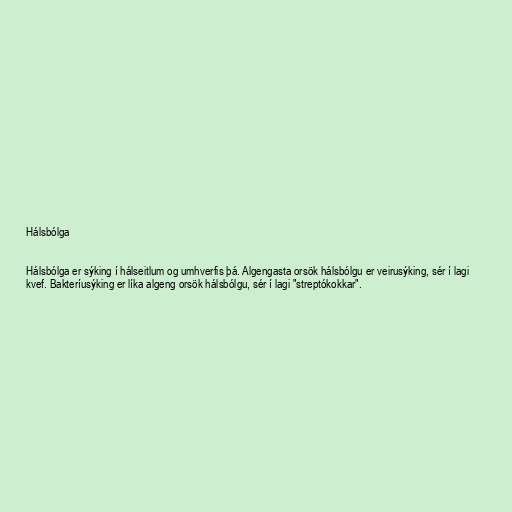
Hálsbólga

Hálsbólga er sýking í hálseitlum og umhverfis þá. Algengasta orsök hálsbólgu er veirusýking, sér í lagi
kvef. Bakteríusýking er líka algeng orsök hálsbólgu, sér í lagi "streptókokkar".